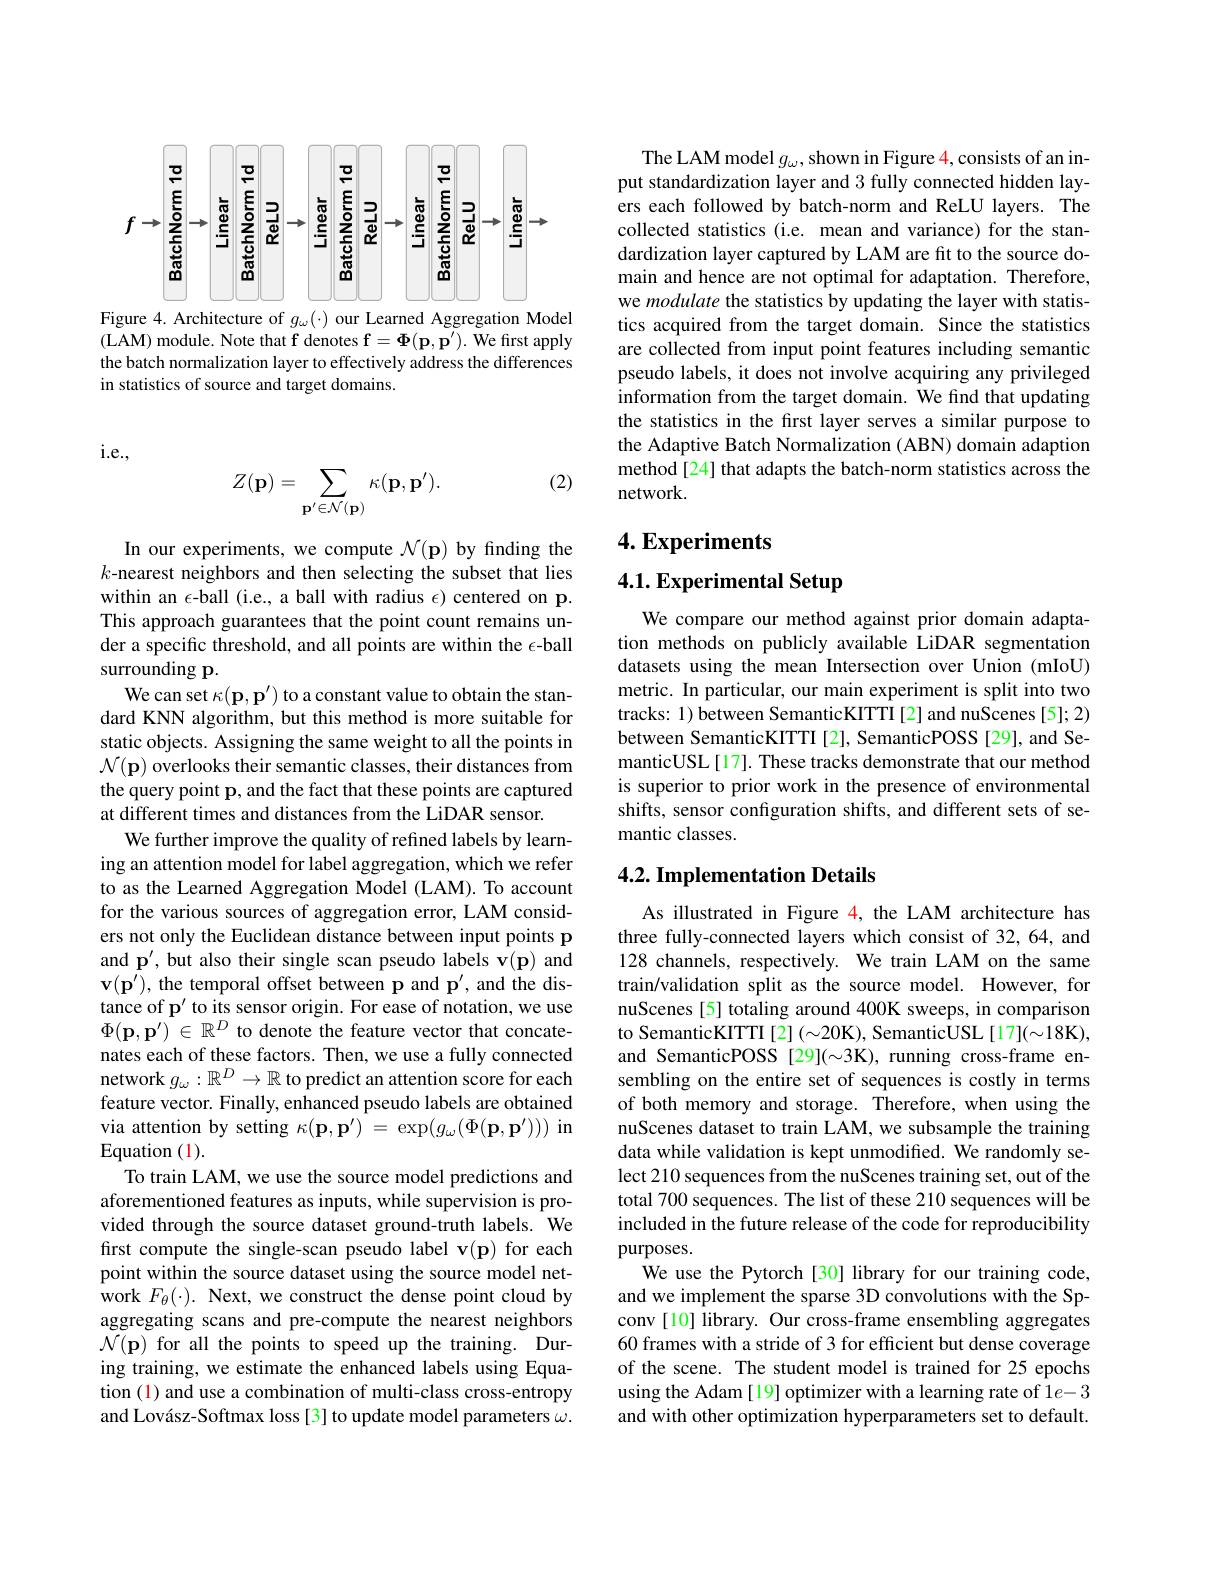
<FigureHere>
Figure 4. Architecture of $g_\omega(\cdot)$ our Learned Aggregation Model

(LAM) module. Note that f denotes $\mathbf{f}=\Phi(\mathbf{p},\mathbf{p}^{\prime}).$ We first apply the batch normalization layer to effectively address the differences in statistics of source and target domains.

i.e.,

(2)
$$Z(\mathbf{p})=\sum_{\mathbf{p}'\in\mathcal{N}(\mathbf{p})}\kappa(\mathbf{p},\mathbf{p}').$$
In our experiments, we compute $\mathcal{N}(\mathbf{p})$ by finding the $k$-nearest neighbors and then selecting the subset that lies within an $\epsilon$-ball (i.e., a ball with radius $\epsilon$)centered on p. This approach guarantees that the point count remains under a specific threshold, and all points are within the $\epsilon$-ball surrounding p.
We can set $\kappa(\mathbf{p},\mathbf{p}^{\prime})$ to a constant value to obtain the standard KNN algorithm, but this method is more suitable for static objects. Assigning the same weight to all the points in $\mathcal{N}(\mathbf{p})$ overlooks their semantic classes, their distances from the query point p, and the fact that these points are captured at different times and distances from the LiDAR sensor.
We further improve the quality of refined labels by learning an attention model for label aggregation, which we refer to as the Learned Aggregation Model (LAM). To account for the various sources of aggregation error, LAM considers not only the Euclidean distance between input points p and p', but also their single scan pseudo labels v(p) and $\mathbf{v}(\mathbf{p}^{\prime})$, the temporal offset between p and p', and the distance of p' to its sensor origin. For ease of notation, we use $\Phi(\mathbf{p},\mathbf{p}^{\prime})\in\mathbb{R}^{D}$ to denote the feature vector that concatenates each of these factors. Then, we use a fully connected network $g_\omega:\mathbb{R}^D\to\mathbb{R}$ to predict an attention score for each feature vector. Finally, enhanced pseudo labels are obtained via attention by setting $\kappa(\mathbf{p},\mathbf{p}^{\prime})~=~\exp(g_{\omega}(\Phi(\mathbf{p},\mathbf{p}^{\prime})))~$in Equation (1).
To train LAM, we use the source model predictions and aforementioned features as inputs, while supervision is provided through the source dataset ground-truth labels. We first compute the single-scan pseudo label v(p) for each point within the source dataset using the source model network $F_{\theta}(\cdot).$ Next, we construct the dense point cloud by aggregating scans and pre-compute the nearest neighbors $\mathcal{N}(\mathbf{p})$ for all the points to speed up the training. During training, we estimate the enhanced labels using Equation (1) and use a combination of multi-class cross-entropy and Lovász-Softmax loss[3] to update model parameters $\omega.$

The LAM model $g_\omega$,shown in Figure 4, consists of an input standardization layer and 3 fully connected hidden layers each followed by batch-norm and ReLU layers. The collected statistics (i.e. mean and variance) for the standardization layer captured by LAM are fit to the source domain and hence are not optimal for adaptation. Therefore, we modulate the statistics by updating the layer with statistics acquired from the target domain. Since the statistics are collected from input point features including semantic pseudo labels, it does not involve acquiring any privileged information from the target domain. $\hat{\text{We find that updating}}$ the statistics in the first layer serves a similar purpose to the Adaptive Batch Normalization (ABN) domain adaption method[24] that adapts the batch-norm statistics across the network.

$4. \textbf{Experiments}$

# 4.1. Experimental Setup

We compare our method against prior domain adaptation methods on publicly available LiDAR segmentation datasets using the mean Intersection over Union (mIoU) metric. In particular, our main experiment is split into two tracks: 1) between SemanticKITTI[2] and nuScenes [5];2) between SemanticKITTI [2], SemanticPOSS[29], and SemanticUSL[17]. These tracks demonstrate that our method is superior to prior work in the presence of environmental shifts, sensor configuration shifts, and different sets of semantic classes.

## 4.2. Implementation Details

As illustrated in Figure 4, the LAM architecture has three fully-connected layers which consist of 32, 64, and 128 channels, respectively. We train LAM on the same train/validation split as the source model. However, for nuScenes [5] totaling around 400K sweeps, in comparison to SemanticKITTI [2] (~20K), SemanticUSL [17](~18K), sembling on the entire set of sequences is costly in terms of both memory and storage. Therefore, when using the nuScenes dataset to train LAM, we subsample the training data while validation is kept unmodified. We randomly select 210 sequences from the nuScenes training set, out of the total 700 sequences. The list of these 210 sequences will be included in the future release of the code for reproducibility purposes.
We use the Pytorch [30] library for our training code, and we implement the sparse 3D convolutions with the Spconv [10] library. Our cross-frame ensembling aggregates 60 frames with a stride of 3 for efficient but dense coverage of the scene. The student model is trained for 25 epochs using the Adam [19] optimizer with a learning rate of 1$e-3$ and with other optimization hyperparameters set to default.